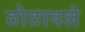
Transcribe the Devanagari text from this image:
ठोठावले